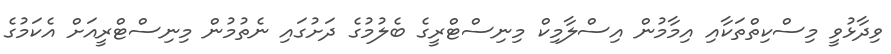
ވިދާޅުވީ މިސްކިތްތަކާއި އިމާމުން އިސްލާމިކް މިނިސްޓްރީގެ ބެލުމުގެ ދަށުގައި ނެތުމުން މިނިސްޓްރީއަށް އެކަމުގެ